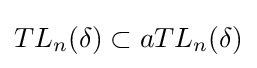
TL_{n}(\delta )\subset aTL_{n}(\delta )